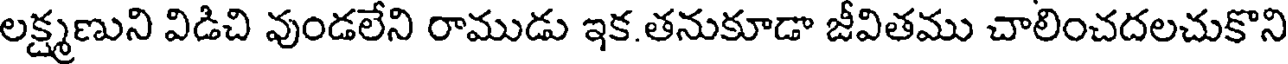
లక్ష్మణుని విడిచి వుండలేని రాముడు ఇక.తనుకూడా జీవితము చాలించదలచుకొని